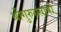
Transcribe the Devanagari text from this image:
श्रीगुरुसंतोषी